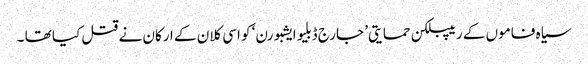
سیاہ فاموں کے ریپبلکن حمایتی’ جارج ڈبلیو ایشبورن‘ کو اسی کلان کے ارکان نے قتل کیا تھا ۔